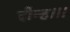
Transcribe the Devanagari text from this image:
दीन्‍ह।।।